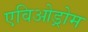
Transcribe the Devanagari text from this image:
एविओड्रोम